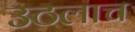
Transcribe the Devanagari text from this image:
उठलाच